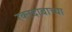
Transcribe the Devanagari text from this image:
रक्तदाबाच्या